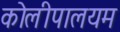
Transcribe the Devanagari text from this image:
कोलीपालयम